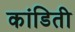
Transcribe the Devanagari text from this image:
कांडिती